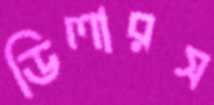
ডিলারস